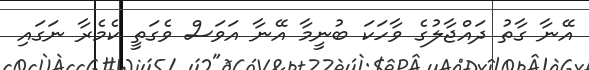
އޭނާ ގާތު ދައްޖާލުގެ ވާހަކަ ބުނީމާ އޭނާ އަވަސް ވެގަތީ ކެމެރާ ނަގައި